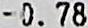
-0.78